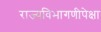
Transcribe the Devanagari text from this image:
राज्यविभागणीपेक्षा